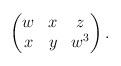
LaTeX: \begin{align*}\begin{pmatrix}w & x & z\\x & y & w^3\end{pmatrix}.\end{align*}